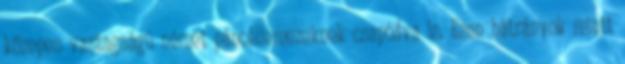
közepes vastagságú német páncéllemezeknek csapódva is. Ezen hátrányok miatt